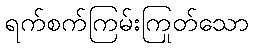
ရက်စက်ကြမ်းကြုတ်သော